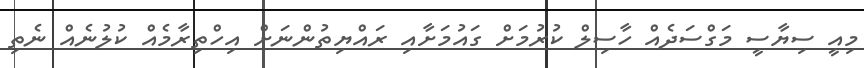
މިއީ ސިޔާސީ މަގްސަދެއް ހާސިލް ކުރުމަށް ގައުމަށާއި ރައްޔިތުންނަށް އިހްތިރާމެއް ކުލުނެއް ނެތި